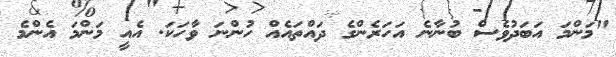
"މަންމަ އަބަދުވެސް ބުނާނެ އަހަރެންގެ ދައްތައެއް ހުންނަ ވާހަކަ. އެއީ މަންމަ އެންމެ